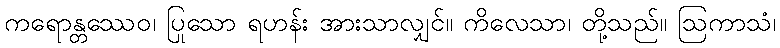
ကရောန္တဿေဝ၊ ပြုသော ရဟန်း အားသာလျှင်။ ကိလေသာ၊ တို့သည်။ ဩကာသံ၊